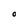
Character: O